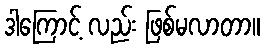
ဒါကြောင့် လည်း ဖြစ်မလာတာ။